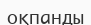
оқпанды